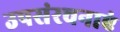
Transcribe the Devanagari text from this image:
उपसंरचनाएं